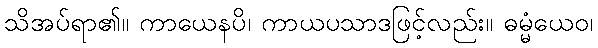
သိအပ်ရာ၏။ ကာယေနပိ၊ ကာယပသာဒဖြင့်လည်း။ ဓမ္မံယေဝ၊